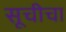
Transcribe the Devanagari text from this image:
सूचीचा